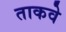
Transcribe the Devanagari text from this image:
ताकवे